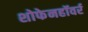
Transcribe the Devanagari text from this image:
शोफेनहॉवर्र